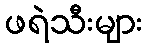
ဖရဲသီးများ